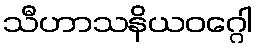
သီဟာသနိယဝဂ္ဂေါ